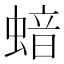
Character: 𱿺